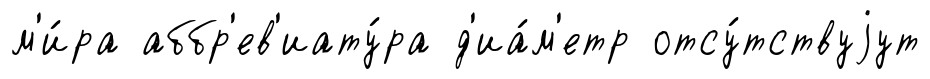
м'и́ра аббр'ев'иату́ра д'иа́м'етр отсу́тствуjут